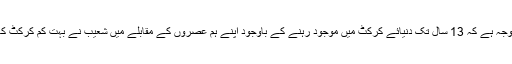
یہی وجہ ہے کہ 13 سال تک دنیائے کرکٹ میں موجود رہنے کے باوجود اپنے ہم عصروں کے مقابلے میں شعیب نے بہت کم کرکٹ کھیلی۔